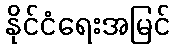
နိုင်ငံရေးအမြင်